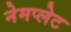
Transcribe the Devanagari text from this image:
नेमप्‍लेट